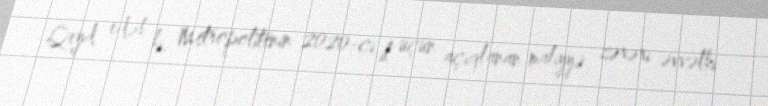
Qeyd edək ki, Metropolitenin 2020-ci il üçün açıqlanan maliyyə zərəri əvvəlki